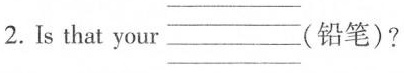
2.Is that your (铅笔)?